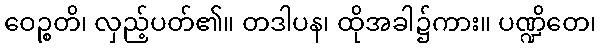
ဝေဉ္စတိ၊ လှည့်ပတ်၏။ တဒါပန၊ ထိုအခါ၌ကား။ ပဏ္ဍိတေ၊